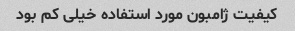
کیفیت ژامبون مورد استفاده خیلی کم بود